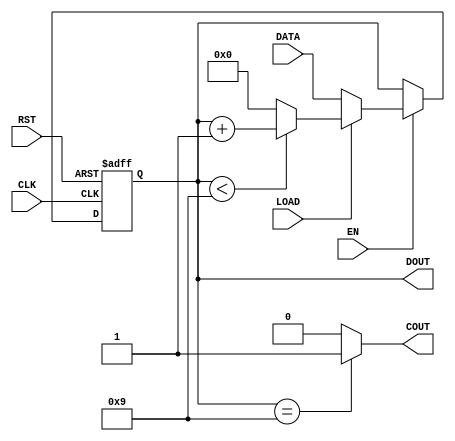
//
module CNT10(CLK,RST,EN,LOAD,COUT,DOUT,DATA);
	//
	input CLK,EN,RST,LOAD;
	//4
	input [3:0] DATA;
	//
	output [3:0] DOUT;
	//
	output COUT;
	reg [3:0] Q1;
	reg COUT;
	//DOUT
	assign DOUT = Q1;
	//
	always @(posedge CLK,negedge RST)
	begin 
		if(!RST) 	
			Q1 <= 0; //RST=0
		else if(EN) 
		begin //EN=1
			if(!LOAD) 		Q1 <= DATA; 	//LOAD=0
			else if(Q1<9) 	Q1 <= Q1 + 1;	//Q19
			else 				Q1 <= 4'b0000;	//
		end
	end
	//
	always @(Q1)
	begin
		if(Q1 == 4'h9)	COUT = 1'b1;	//Q1=1001COUT0
		else 				COUT = 1'b0;	//0
	end
endmodule